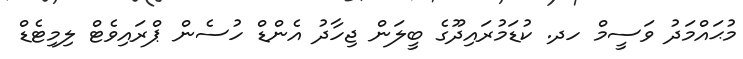
މުޙައްމަދު ވަސީމް ހދ. ކުޑަމުރައިދޫގެ ބީލަން ޖިހާދު އެންޑް ހުސެން ޕްރައިވެޓް ލިމިޓެޑް